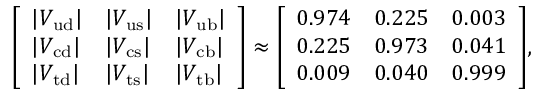
{ \left[ \begin{array} { l l l } { | V _ { \mathrm { u d } } | } & { | V _ { \mathrm { u s } } | } & { | V _ { \mathrm { u b } } | } \\ { | V _ { \mathrm { c d } } | } & { | V _ { \mathrm { c s } } | } & { | V _ { \mathrm { c b } } | } \\ { | V _ { \mathrm { t d } } | } & { | V _ { \mathrm { t s } } | } & { | V _ { \mathrm { t b } } | } \end{array} \right] } \approx { \left[ \begin{array} { l l l } { 0 . 9 7 4 } & { 0 . 2 2 5 } & { 0 . 0 0 3 } \\ { 0 . 2 2 5 } & { 0 . 9 7 3 } & { 0 . 0 4 1 } \\ { 0 . 0 0 9 } & { 0 . 0 4 0 } & { 0 . 9 9 9 } \end{array} \right] } ,